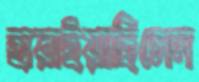
হারাইয়াছিলেন